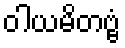
ဝါယမိတဗ္ဗံ